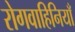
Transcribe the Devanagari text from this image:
रोगवाहिनियाँ